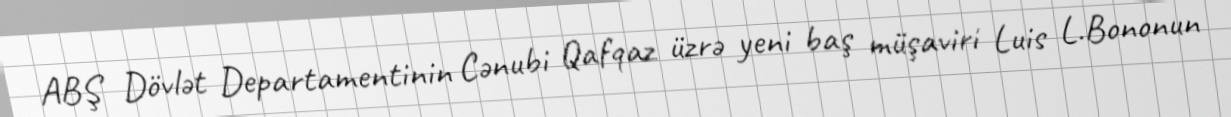
ABŞ Dövlət Departamentinin Cənubi Qafqaz üzrə yeni baş müşaviri Luis L.Bononun